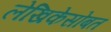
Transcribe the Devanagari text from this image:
लेखिकेसोबत